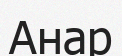
Анар